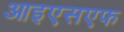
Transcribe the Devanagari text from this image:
आइएसएफ